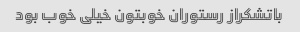
باتشکراز رستوران خوبتون خیلی خوب بود